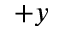
+ y